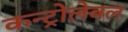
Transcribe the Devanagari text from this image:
कन्ट्रोलेबल